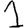
Digit: 1